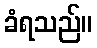
ခံရသည်။